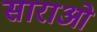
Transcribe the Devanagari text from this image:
साराओ